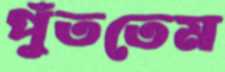
পুঁততেম